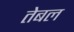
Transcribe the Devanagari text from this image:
तेबल